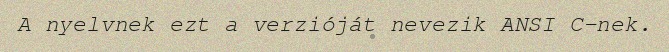
A nyelvnek ezt a verzióját nevezik ANSI C-nek.